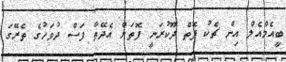
ބީއެމްއެލް އިން ޗެކު ފޮތް ދޫކުރަނީ ފޮތަށް އެދޭތާ ފަސް ދުވަހުގެ ތެރޭގަ